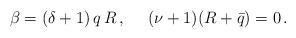
LaTeX: \begin{align*}\beta =(\delta +1)\,q\,R\,, \ \ \ \ (\nu +1)(R+\bar{q})=0\,. \end{align*}